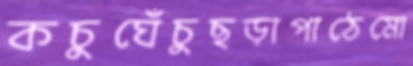
কচুঘেঁচুছড়াপাঠেমো